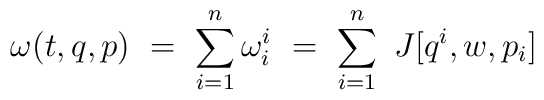
\omega (t,q,p) \ = \ \sum_{i=1}^{n} \omega^i_i \ =\ \sum_{i=1}^{n} \ J[q^i, w, p_i]